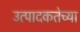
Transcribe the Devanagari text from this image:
उत्पादकतेच्या